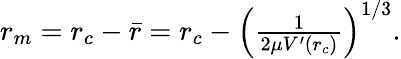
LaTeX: \begin{array}{r}{r_{m}=r_{c}-{\bar{r}}=r_{c}-\left(\frac{1}{2\mu V^{\prime}(r_{c})}\right)^{1/3}.}\end{array}